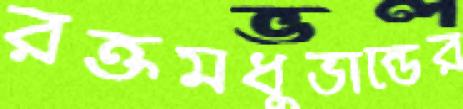
রক্তমধুভান্ডের